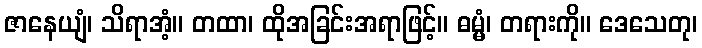
ဇာနေယျံ၊ သိရာအံ့။ တထာ၊ ထိုအခြင်းအရာဖြင့်။ ဓမ္မံ၊ တရားကို။ ဒေသေတု၊